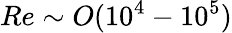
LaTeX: Re\sim O(10^{4}-10^{5})